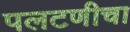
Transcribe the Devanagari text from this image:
पलटणीचा